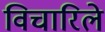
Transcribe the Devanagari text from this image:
विचारिले